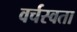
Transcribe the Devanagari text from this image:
वर्चस्वता